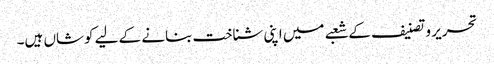
تحریر و تصنیف کے شعبے میں اپنی شناخت بنانے کے لیے کوشاں ہیں۔